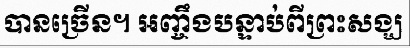
បានច្រើន។ អញ្ចឹងបន្ទាប់ពីព្រះសង្ឃ